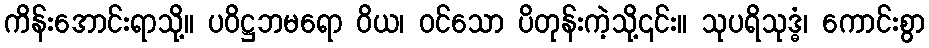
ကိန်းအောင်းရာသို့။ ပဝိဋ္ဌဘမရော ဝိယ၊ ဝင်သော ပိတုန်းကဲ့သို့၎င်း။ သုပရိသုဒ္ဓံ၊ ကောင်းစွာ